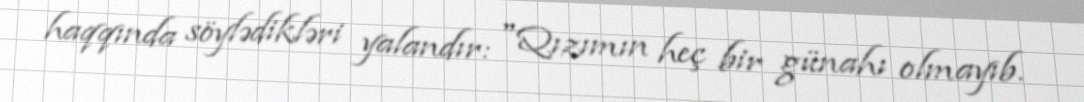
haqqında söylədikləri yalandır: "Qızımın heç bir günahı olmayıb.